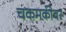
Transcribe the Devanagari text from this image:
चकमकीवर